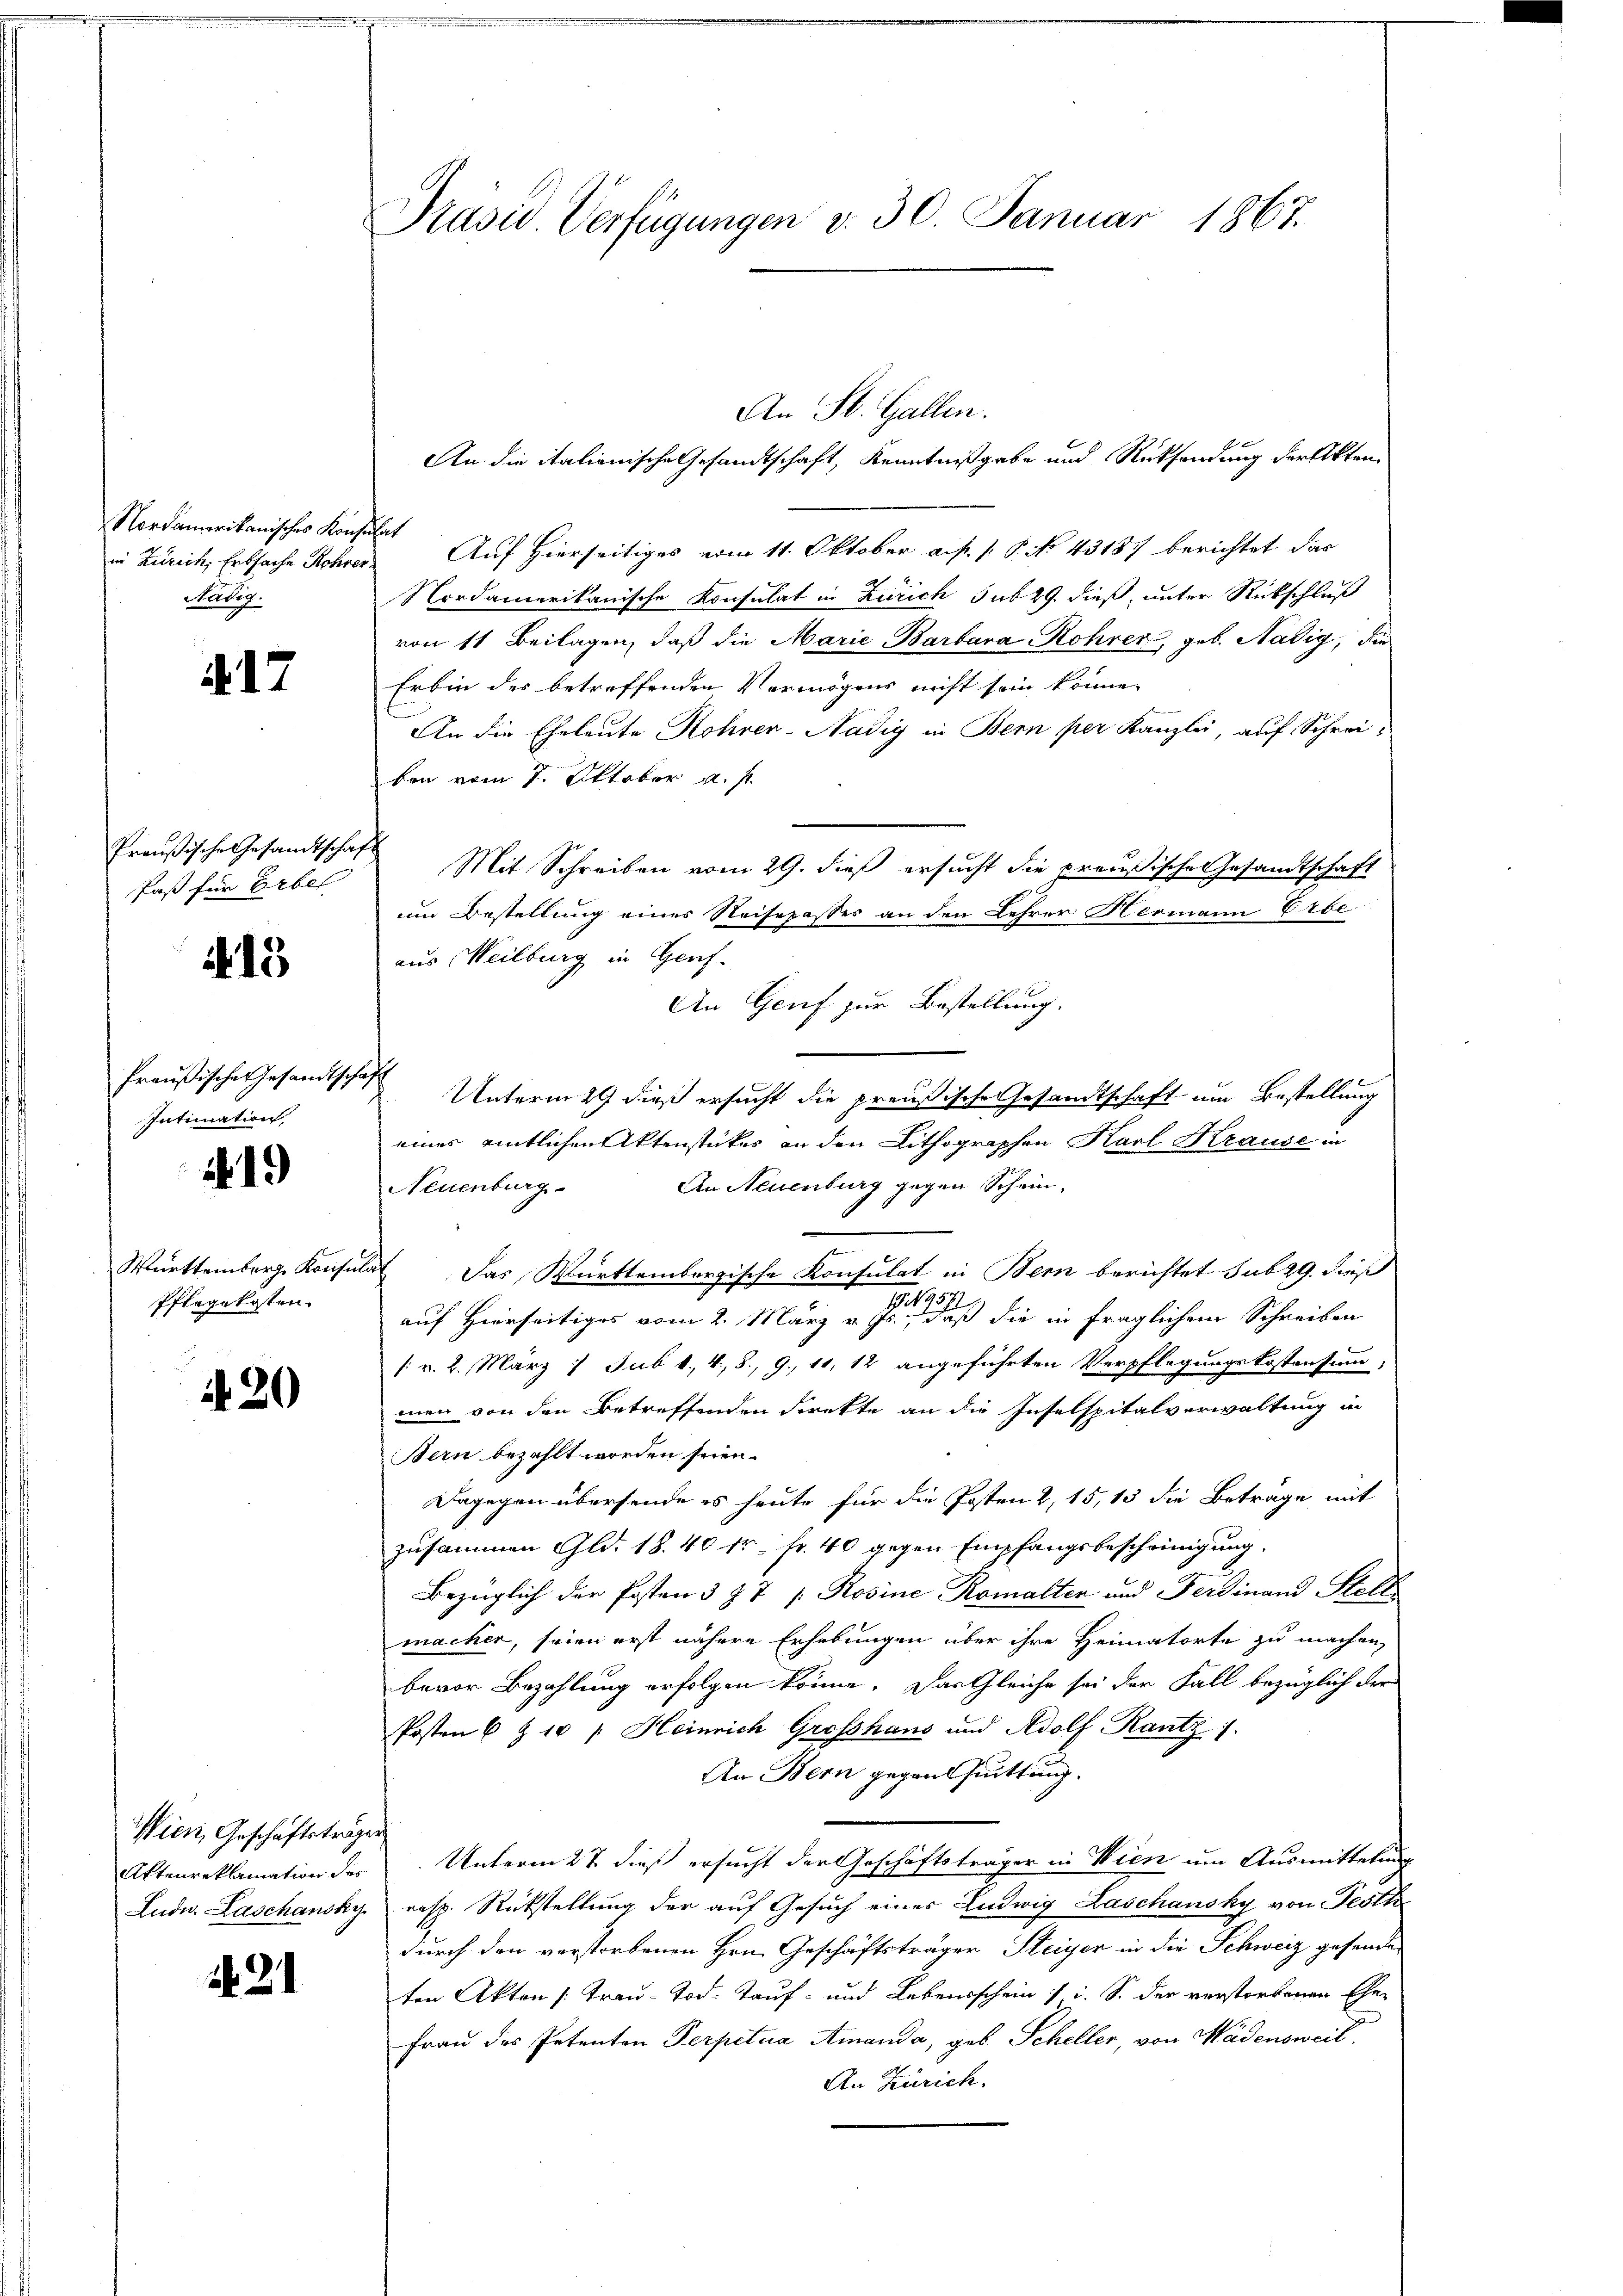
Nordamerikanisches Konz
in Zürich, Erbsache Rohrer
Nabig.

A. 17

Preußische Gesandtscha
faß für Erbel

.15

Preußischer Gesandtsche
Intimation

.19

Württemberg Kreisin
Pflegekosten.

1420

Wien, Geschäftsträger
Attenreklamation des

234

Präsid. Verfügungen d. 30. Januar 1867.

An St. Gallen.
An die italionische Gesandtschaft, Kenntnißgabe und Rücksendung der Akten
te Auf Hierseitiges vom 11. Oktober a. f. P. P. No 43187 berichtet das
Nordamerikanische Konsulat in Zürich sub 29. dieß, unter Rückschluß
von 11 Beilagen, daß die Marie Barbara Rohrer, geb. Hädig, die
Er bin des betreffenden Vermögens nicht sein könne,
An die Eheleute Rohren-Nädig in Bern per Kanzlei, auf Schreiken vom 7. Oktober a. f.
h
Mit Schreiben vom 29. dieß ersucht die preußische Gesandtschaft
um Bestellung eines Reisepasses an den Lehrer Hermann Erbe
aus Weilburg in Genf.
An Genf zur Bestellung.
.
Unterm 29 dieß ersucht die preußische Gesandtschaft um Bestellung
eines entlichen Aktenstücker an den Lithographen Karl Krause in
An Neuenburg gegen Schein,
Neuenburg
at Das Württembergische Konsulat in Bern berichtet sub 29. dieß
49571
auf Hierseitiges vom 2. März v. Js., daß die in fraglichem Schreiben
1: v. 2. März 1 Jub 1., 4, 8, 9. 11, 12 angeführten Verpflegungskostensum,
men von den Betreffenden direkte an die Inselspitalverwaltung in
Bern bezahlt worden seien.
Dagegen übersende es heute für die Posten 2, 15, 15 die Beträge mit
zusammen Gld. 18. 40 fr. fr. 40 gegen Empfangsbescheinigung.
Bezüglich der Posten 3 § 7 : Rosine Romalten und Ferdinand Stell
machen, seien erst nähere Erhebungen über ihre Heimatorte zu machen,
bevor Bezahlung erfolgen könne. Das Gleiche sei der Fall bezüglich der
Posten 6 § 10 " Heinrich Grosshaus und Adolf Rantz 1.
An Bern gegenssittung.
Unterm 27. dieß ersucht der Geschäftsträger in Wien um Ausmittelung
Ludw. Laschansky, resp. Rückstellung der auf Gesuch einer Ludwig Laschansky von Festh
durch den verstorbenen Hrn. Geschäftsträger Steiger in die Schweiz gehende
ten Akten /: Trau-Tod. Tauf- und Lebensschein / i. S. der verstorbenen Ehe-
Frau des Petenten Perpetua Amanda, geb. Scheller, von Wädensweil
An Zürich.